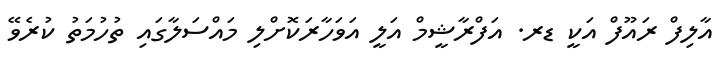
އާލިފް ރައޫފް އަކީ ޑރ. އަފްރާޝީމް އަލީ އަވަހާރަކޮށްލި މައްސަލާގައި ތުހުމަތު ކުރެވޭ